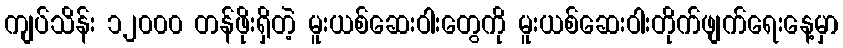
ကျပ်သိန်း ၁၂၀၀၀ တန်ဖိုးရှိတဲ့ မူးယစ်ဆေးဝါးတွေကို မူးယစ်ဆေးဝါးတိုက်ဖျက်ရေးနေ့မှာ